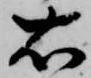
右